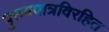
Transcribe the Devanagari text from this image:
पुरुषपात्रविरहित